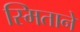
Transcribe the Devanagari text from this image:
स्मिताने